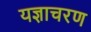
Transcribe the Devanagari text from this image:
यज्ञाचरण